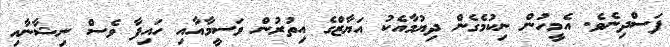
ފަސްދިނެވެ. އެމީހުން ނިކުމެގެން ދިޔުމާއެކު އަޔާޒްގެ އިތުރުން ވަސީމާއާއި ހައިފާ ވެސް ނިޝާނާއި